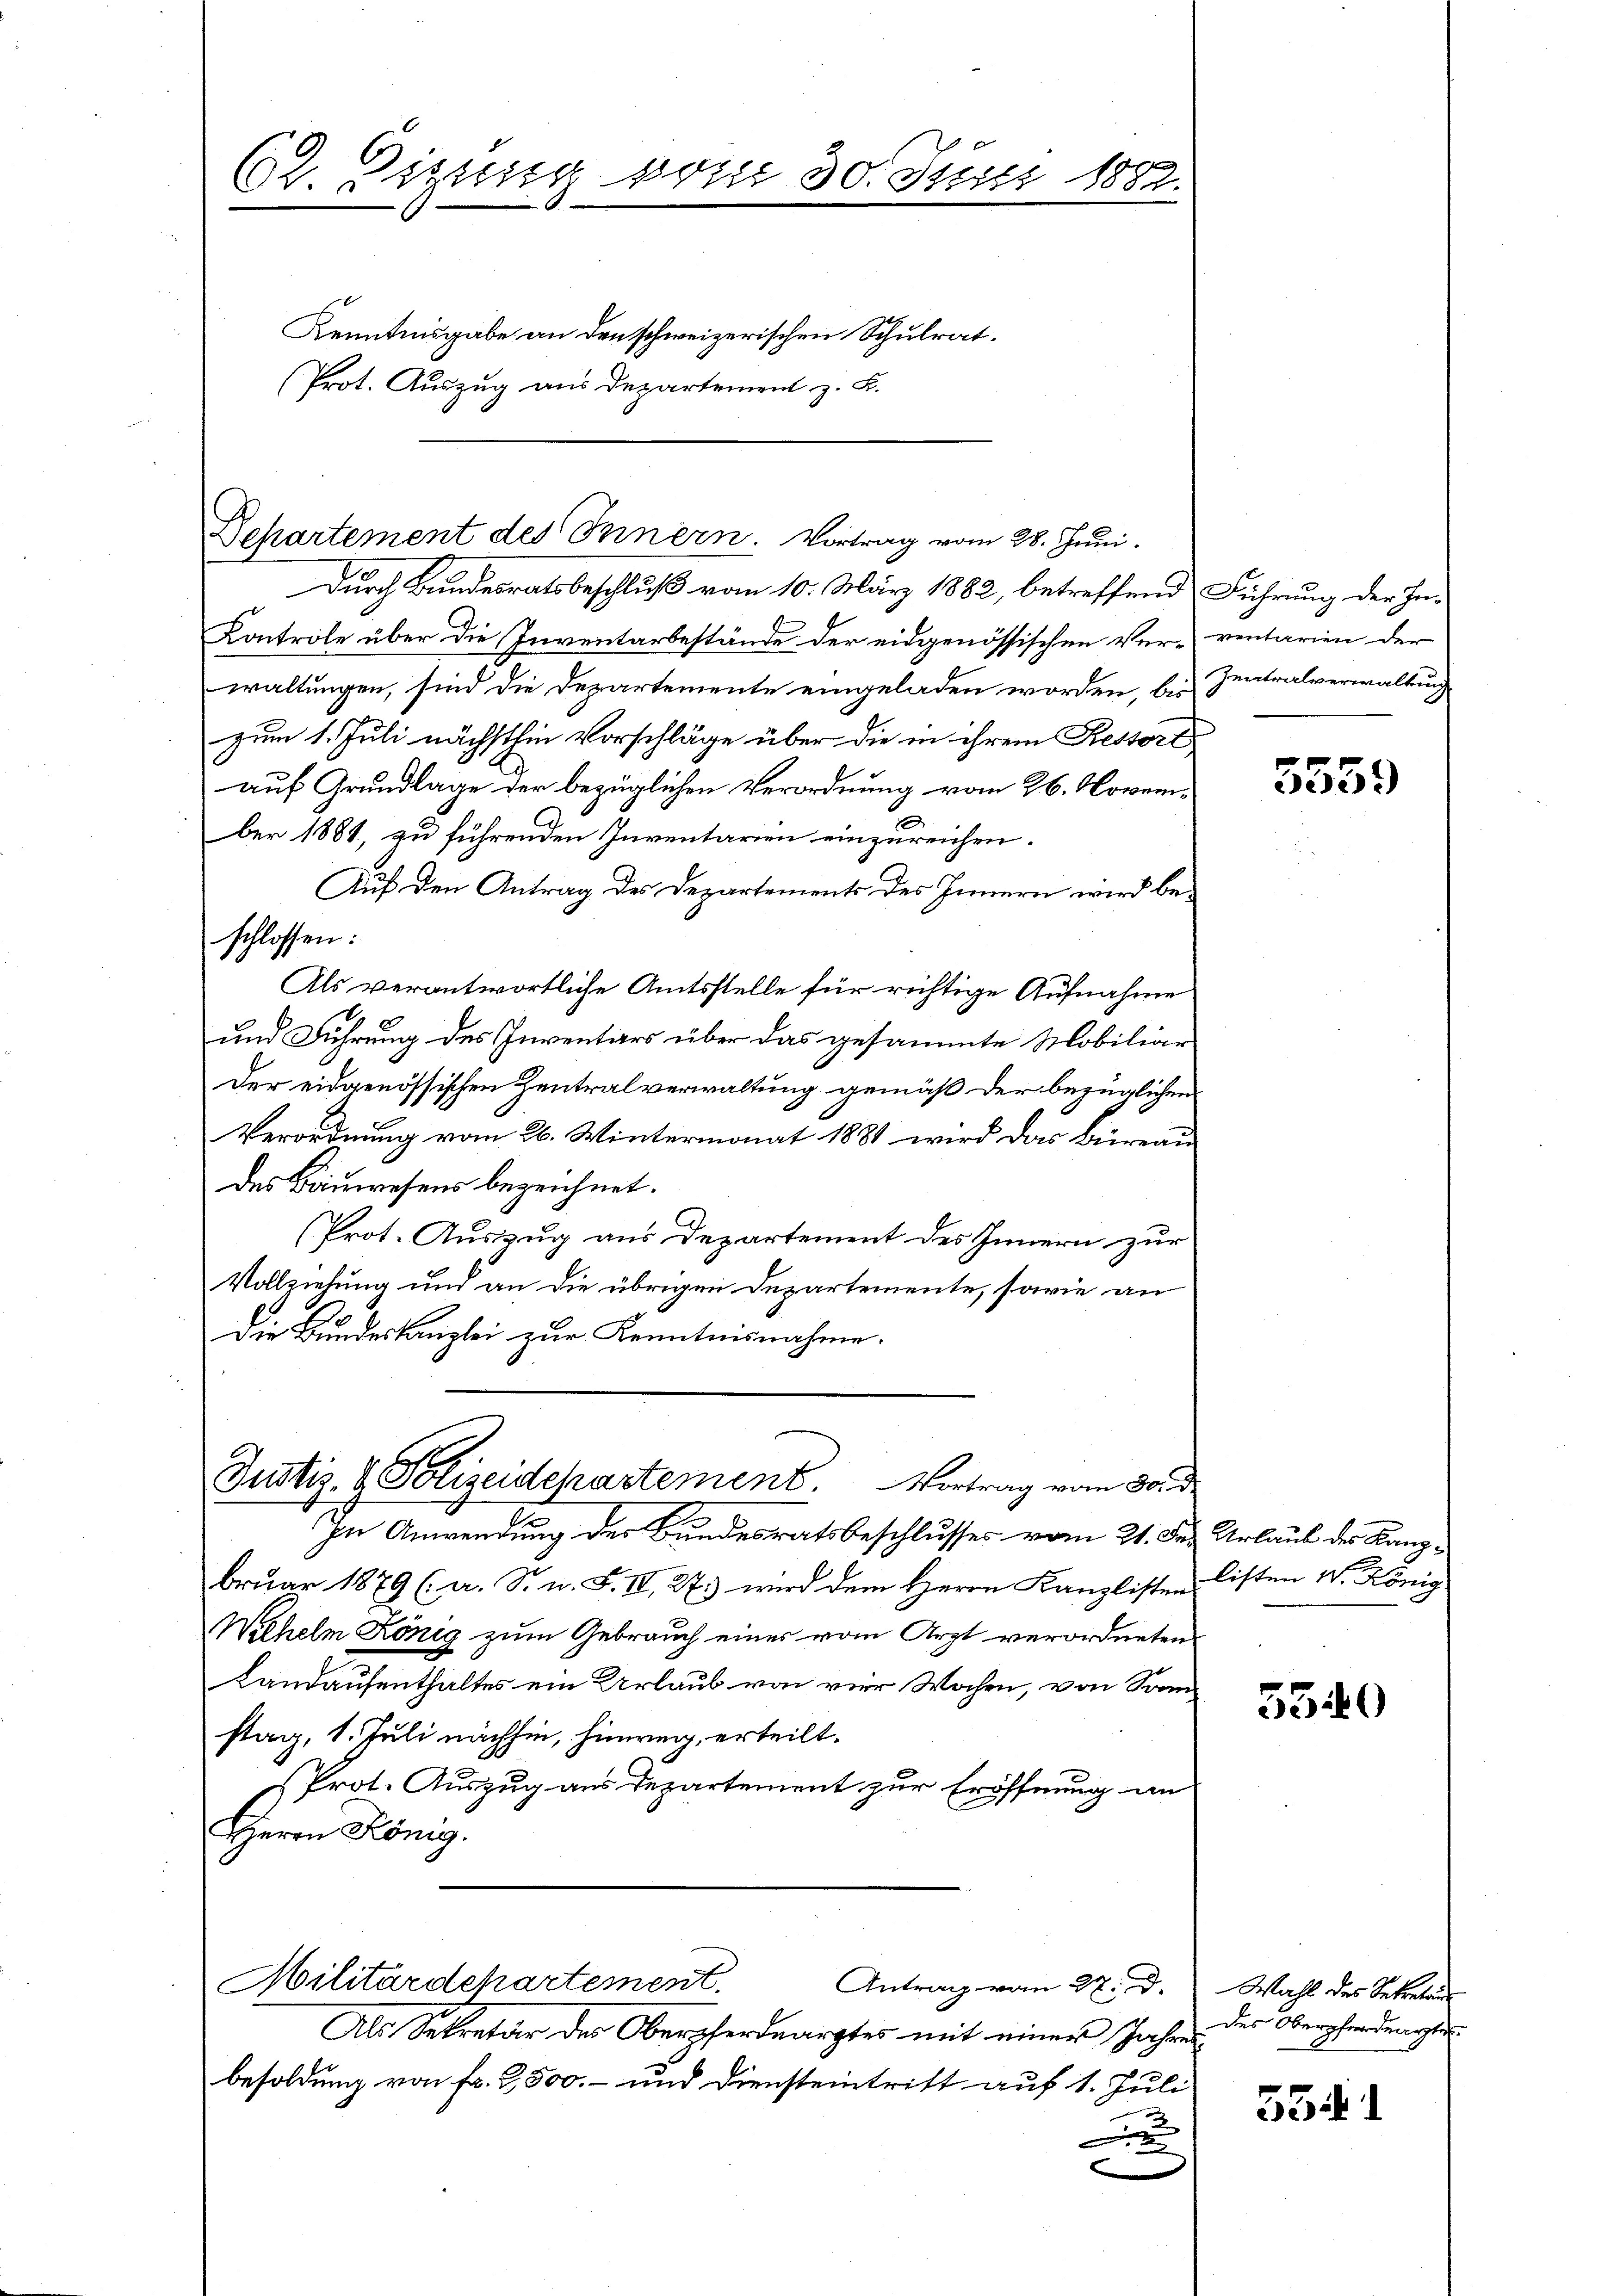
62. Eigung von 30. Juni 1882.

Kenntnisgabe an den schweizerischen Schulrat.
(Prot. Auszug aus Departement z. B.

Departement des Innern. Vortrag vom 28. Juni.

Durch Bundesratsbeschluß vom 10. März 1882, betreffend Führung der In¬
Kontrole über die Inventarbestände der eidgenössischen Ver-ventarien der
waltungen, sind die Departemente eingeladen worden, bis Zentralverwaltung
zum 1. Juli nächsthin Vorschläge über die in ihrem Restert
auf Grundlage der bezüglichen Verordnung vom 26. November 1881, zu führenden Inventarien einzureichen.
Auf den Antrag des Departements des Innern wird beschlossen:
Als verantwortliche Amtsstelle für richtige Aufnahme
und Führung des Inventars über das gesammte Mobiliar
Der eidgenössischen Zentralverwaltung gemäß der bezüglichen
Verordnung vom 26. Wintermonat 1881 wird das Büreau
des Bauwesens bezeichnet.
(Prot. Auszug aus Departement des Innern zur
Vollziehung und an die übrigen Departemente, sowie an
Die Bundeskanzlei zur Kenntnisnahme.
Justiz- & Polizeidepartement. Vortrag vom 30. d.

In Anwendung der Bundesratsbeschlusses vom 21. Debruar 1879 (a. S. n. F. II, 27.) wird dem Herrn Kanzlisten Listen W. König
Wilhelm König zum Gebrauch eines vom Arzt verordneten
Landaufenthaltes ein Urlaub von vier Wochen, von Sonn-
stag, 1. Juli nachhin, hinweg, erteilt.
Prot. Auszug aus Departement zur Eröffnung an
Herrn König.
Militärdepartement.
Antrag vom 27. d. Wahl des Sekreten
Als Sekretär des Oberpherdearztes mit einer Jahres
besoldung von fr. 3,500.- und Diensteintritt auf 1. Juli
x
e

5559

Urlaub des Kanz¬

5340

des Oberpferdente
3341